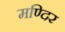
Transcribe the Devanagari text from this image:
मण्दिर